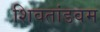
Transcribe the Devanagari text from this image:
शिवतांडवम